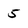
Character: 5